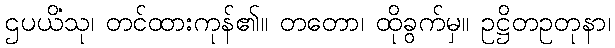
ဌပယိံသု၊ တင်ထားကုန်၏။ တတော၊ ထိုခွက်မှ။ ဥဋ္ဌိတဥတုနာ၊